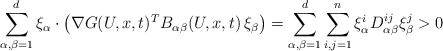
\begin{align*}\sum_{\alpha,\beta=1}^d\xi_\alpha \cdot \left(\nabla G(U,x,t)^T B_{\alpha \beta} (U,x,t) \, \xi_\beta\right) =\sum_{\alpha,\beta=1}^d\sum_{i,j=1}^n\xi_\alpha^i D_{\alpha\beta}^{ij} \xi_\beta^j > 0 \end{align*}